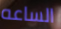
الساعه